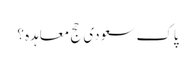
پاک سعودی حج معاہدہ ؟